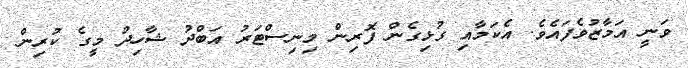
ވަނީ އަމާޒުވެފައެވެ. އެކަމާއި ގުޅިގެން ފޮރިން މިނިސްޓަރު އަބްދު ޝާހިދު މީގެ ކުރިން